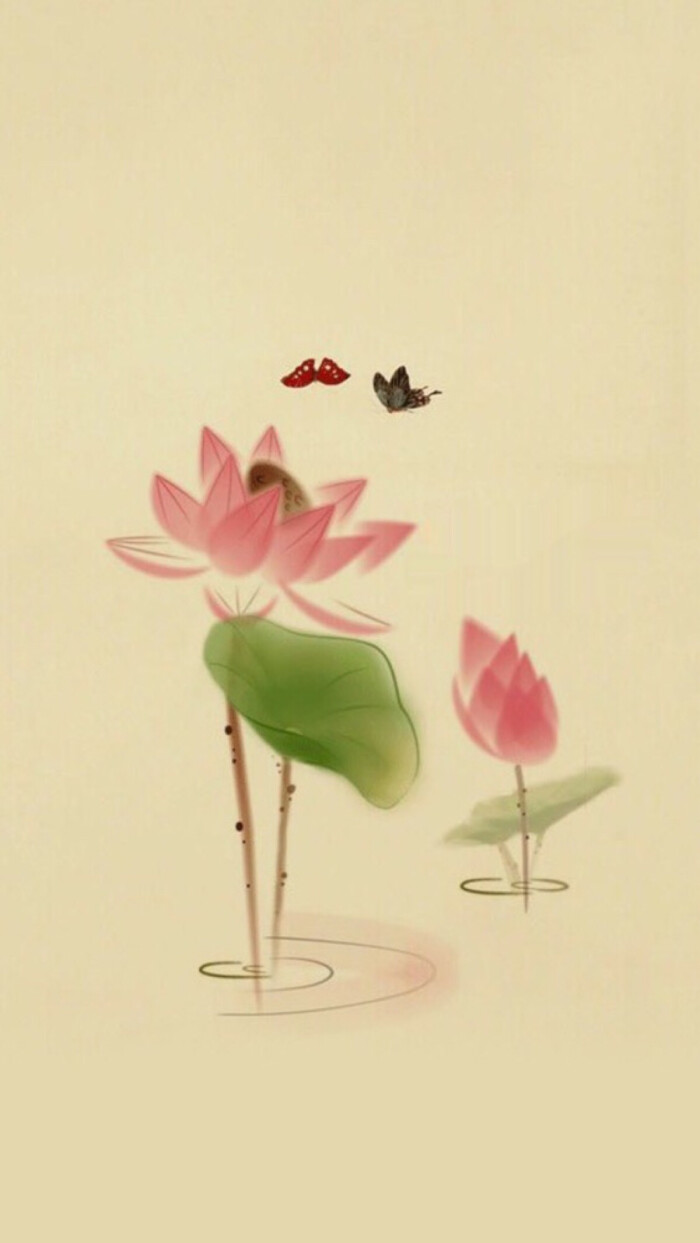
一晌凝情无语，手捻梅花何处。